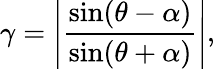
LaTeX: \gamma=\left|\frac{\sin(\theta-\alpha)}{\sin(\theta+\alpha)}\right|,